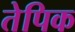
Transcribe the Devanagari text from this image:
तेपिक